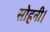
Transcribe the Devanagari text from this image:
सोहनी।